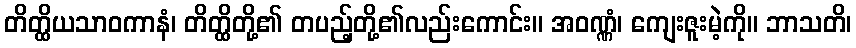
တိတ္ထိယသာဝကာနံ၊ တိတ္ထိတို့၏ တပည့်တို့၏လည်းကောင်း။ အဝဏ္ဏံ၊ ကျေးဇူးမဲ့ကို။ ဘာသတိ၊